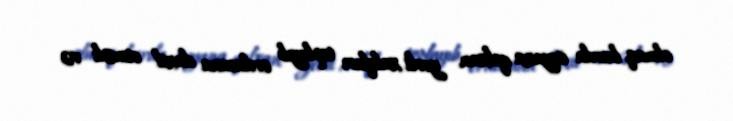
olmaq, burda üsyana qalxan yerli xalqları toplayıb ordusuna daxil etmək və